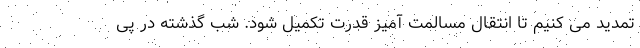
تمدید می کنیم تا انتقال مسالمت آمیز قدرت تکمیل شود. شب گذشته در پی